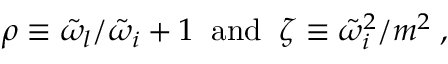
\rho \equiv { { \tilde { \omega } } _ { l } } / { { \tilde { \omega } } _ { i } } + 1 \; \; \mathrm { a n d } \; \; \zeta \equiv { { \tilde { \omega } } _ { i } ^ { 2 } } / { m ^ { 2 } } \; ,